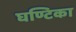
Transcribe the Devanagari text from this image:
घण्टिका